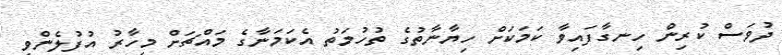
ދުވަސް ކުރިން ހިނގާފައިވާ ކަމަކަށް ހިޔާނާތުގެ ތުހުމަތު އެކަމަނާގެ މައްޗަށް މިހާރު އުފުލެންވީ